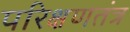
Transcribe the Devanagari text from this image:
परिक्षणतंत्र